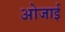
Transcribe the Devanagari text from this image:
ओजाई